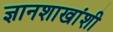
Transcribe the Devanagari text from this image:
ज्ञानशाखांशी